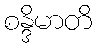
စန္ဒိမာတိ